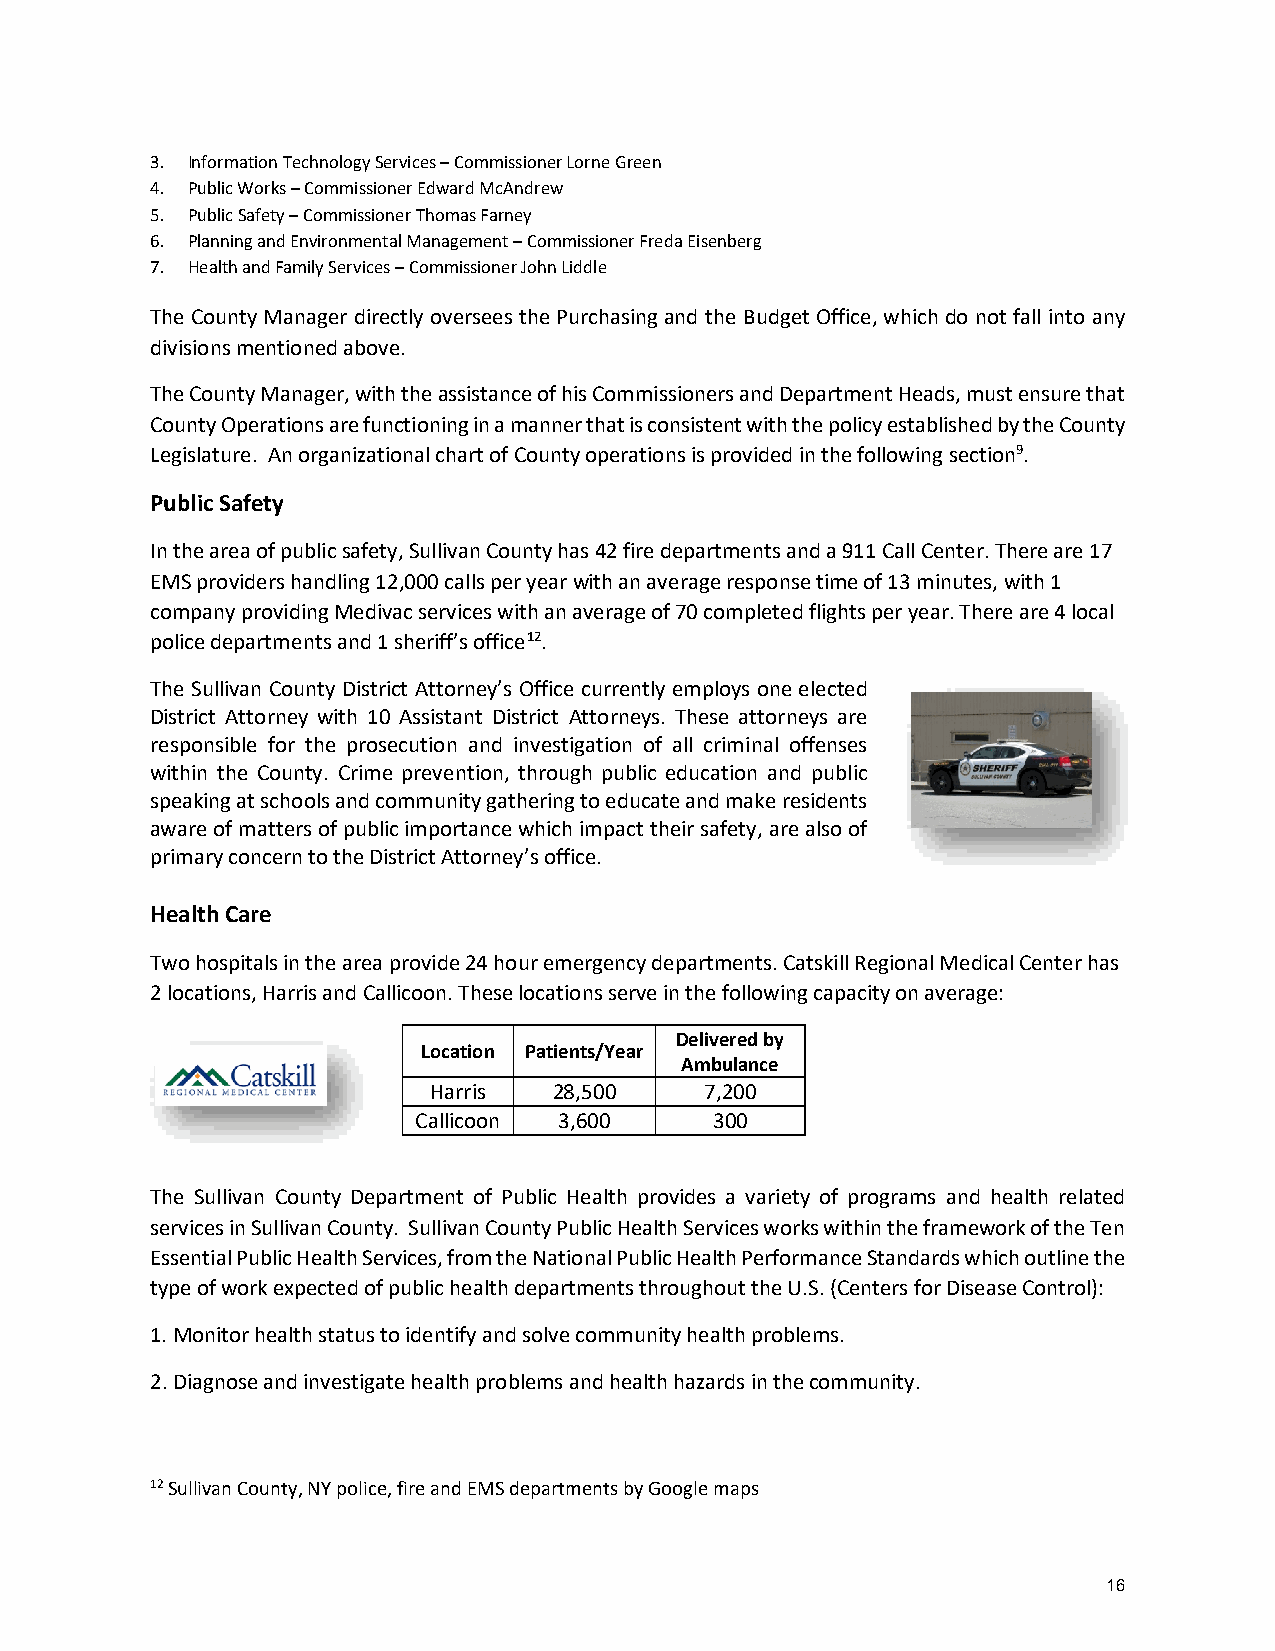
3. Information Technology Services – Commissioner Lorne Green
 4. Public Works – Commissioner Edward McAndrew
 5. Public Safety – Commissioner Thomas Farney
 6. Planning and Environmental Management – Commissioner Freda Eisenberg
 7. Health and Family Services – Commissioner John Liddle
 The County Manager directly oversees the Purchasing and the Budget Office, which do not fall into any
 divisions mentioned above.
 The County Manager, with the assistance of his Commissioners and Department Heads, must ensure that
 County Operations are functioning in a manner that is consistent with the policy established by the County
 Legislature. An organizational chart of County operations is provided in the following section9.
 Public Safety
 In the area of public safety, Sullivan County has 42 fire departments and a 911 Call Center. There are 17
 EMS providers handling 12,000 calls per year with an average response time of 13 minutes, with 1
 company providing Medivac services with an average of 70 completed flights per year. There are 4 local
 police departments and 1 sheriff’s office12.
 The Sullivan County District Attorney’s Office currently employs one elected
 District Attorney with 10 Assistant District Attorneys. These attorneys are
 responsible for the prosecution and investigation of all criminal offenses
 within the County. Crime prevention, through public education and public
 speaking at schools and community gathering to educate and make residents
 aware of matters of public importance which impact their safety, are also of
 primary concern to the District Attorney’s office.
 Health Care
 Two hospitals in the area provide 24 hour emergency departments. Catskill Regional Medical Center has
 2 locations, Harris and Callicoon. These locations serve in the following capacity on average:
 Delivered by
 Location Patients/Year
 Ambulance
 Harris   28,500    7,200
 Callicoon 3,600    300
 The Sullivan County Department of Public Health provides a variety of programs and health related
 services in Sullivan County. Sullivan County Public Health Services works within the framework of the Ten
 Essential Public Health Services, from the National Public Health Performance Standards which outline the
 type of work expected of public health departments throughout the U.S. (Centers for Disease Control):
 1. Monitor health status to identify and solve community health problems.
 2. Diagnose and investigate health problems and health hazards in the community.
 12 Sullivan County, NY police, fire and EMS departments by Google maps
 16